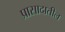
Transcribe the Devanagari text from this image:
प्रासादातील